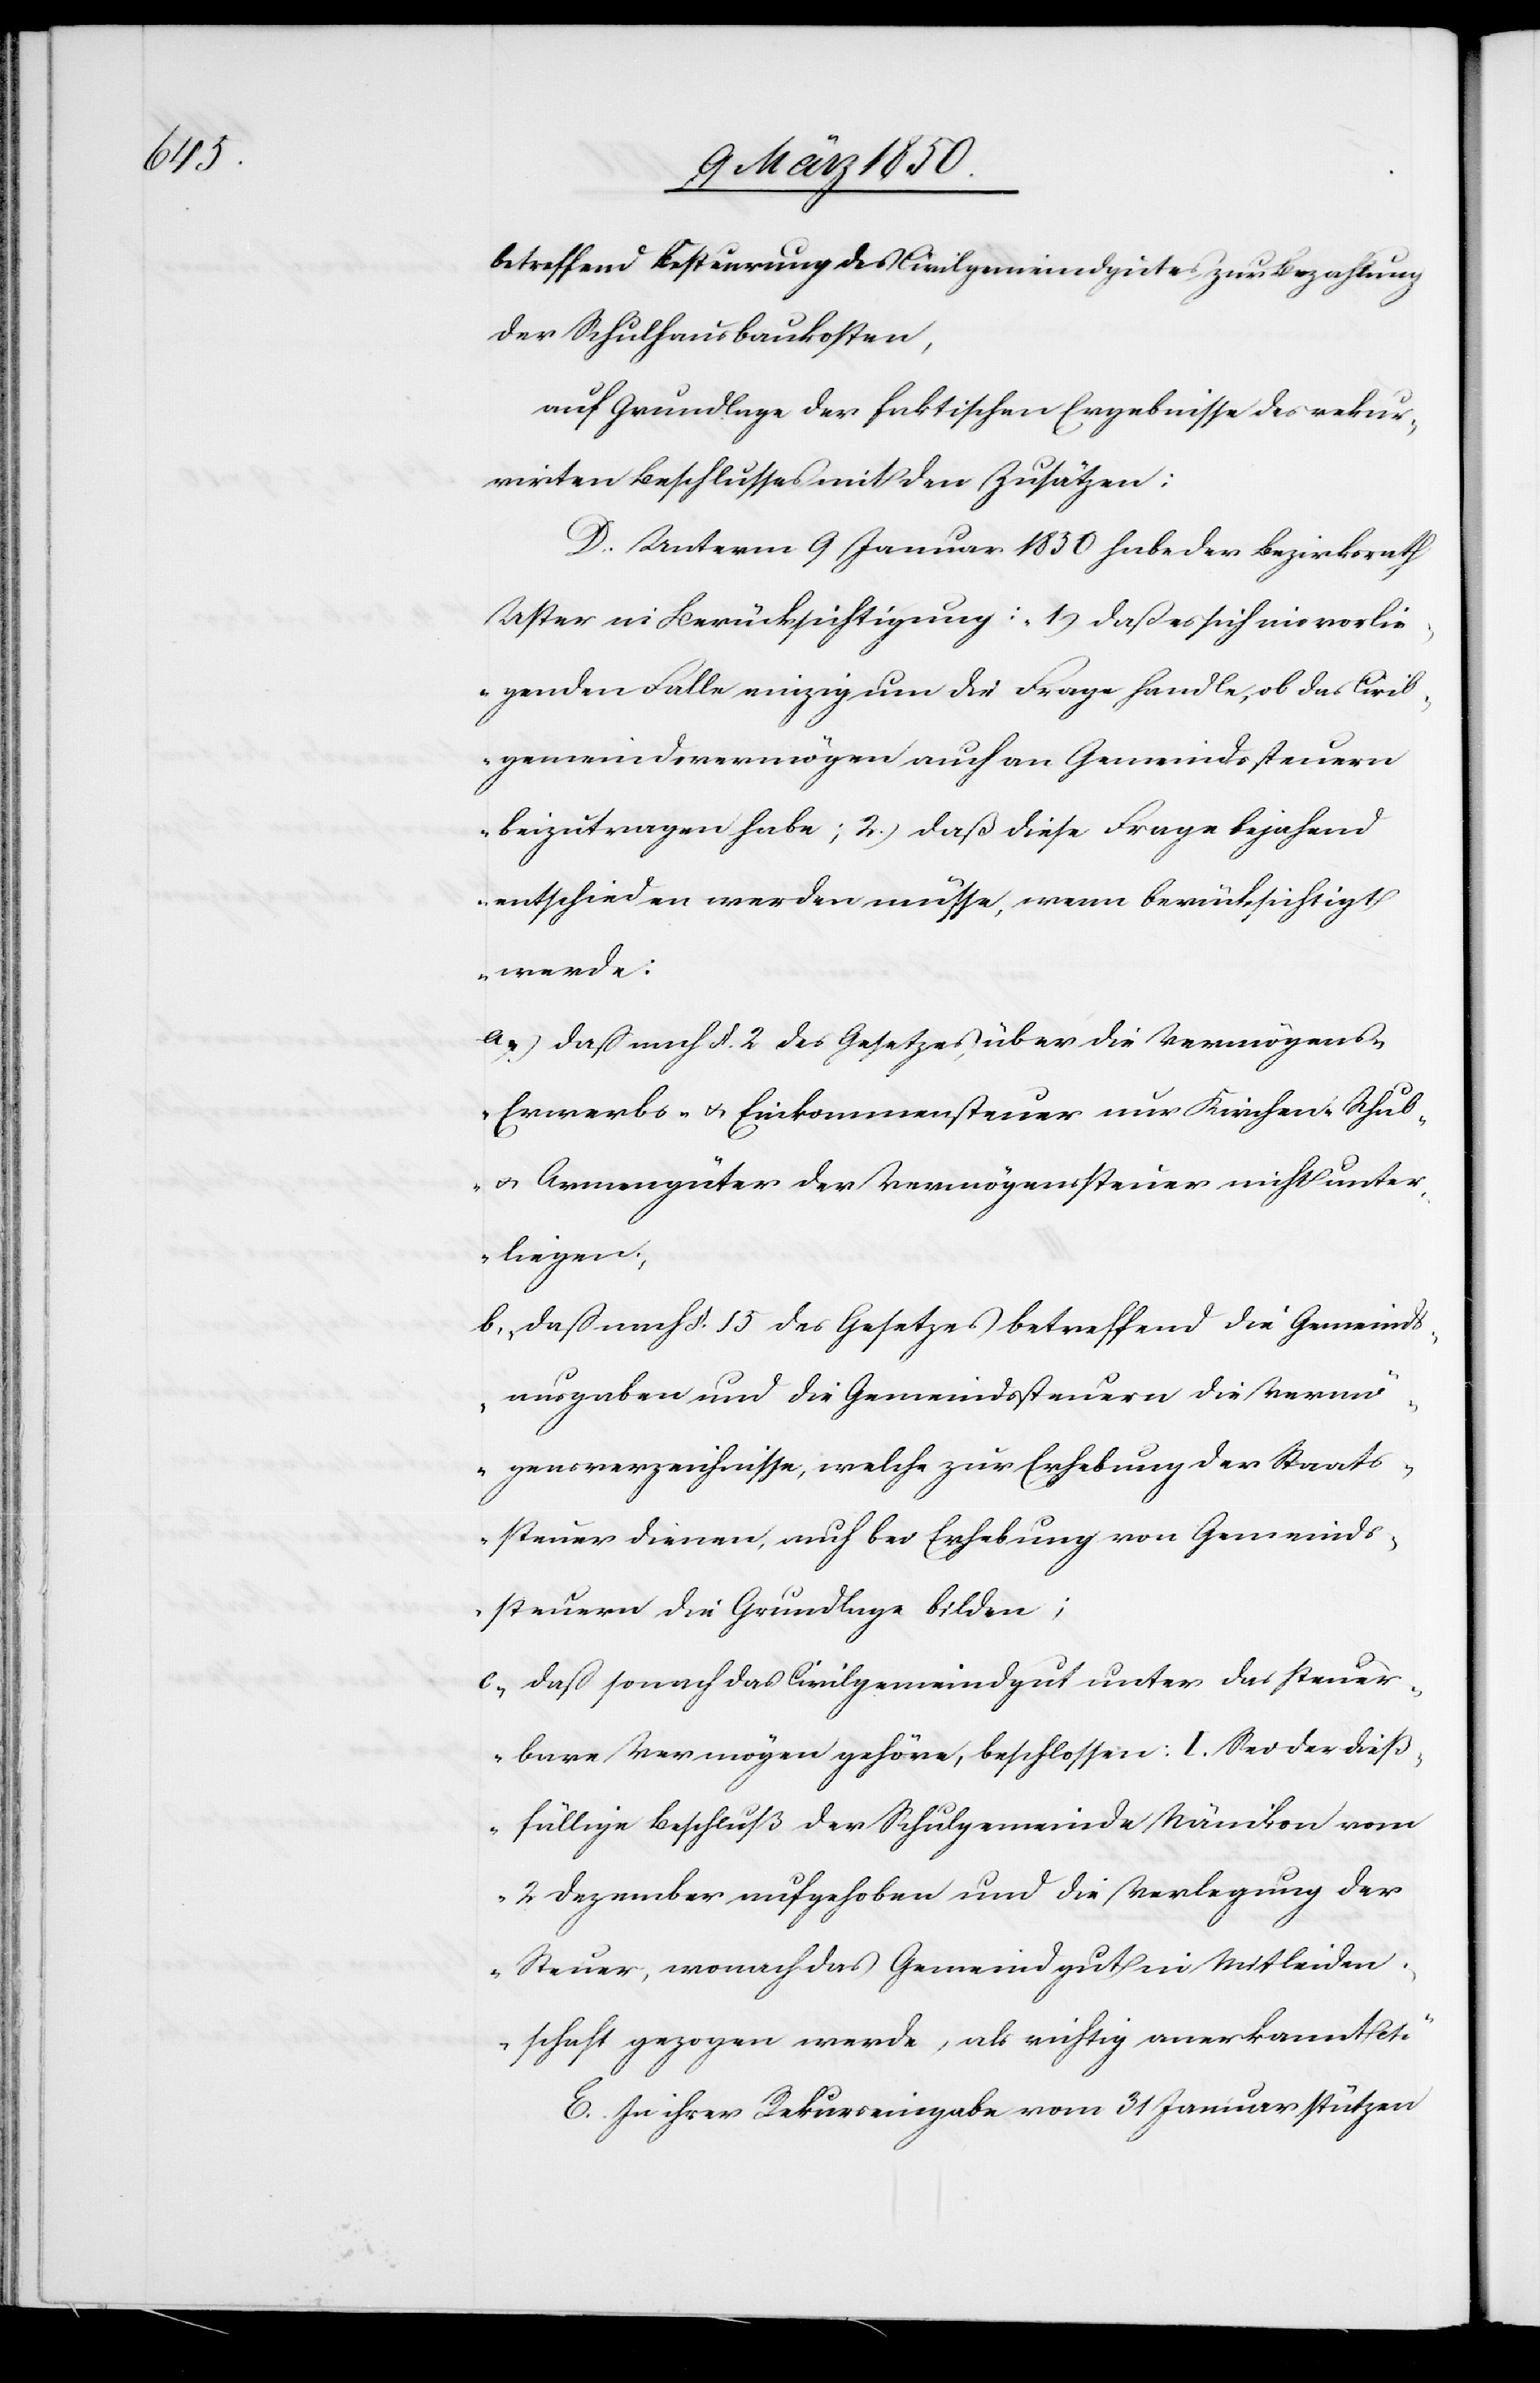
betreffend Besteurung des Civilgemeindgutes zur Bezahlung
der Schulhausbaukosten,
auf Grundlage der faktischen Ergebnisse des rekur¬
rirten Beschlusses mit den Zusätzen:
D. Unterm 9 Januar 1850 habe der Bezirksrath
Uster in Berücksichtigung: „1) daß es sich im vorlie¬
genden Falle einzig um die Frage handle, ob das Civil¬
gemeindsvermögen auch an Gemeindssteuern
beizutragen habe; 2.) daß diese Frage bejahend
entschieden werden müsse, wenn berücksichtigt
werde:
a) daß nach §. 2 des Gesetzes über die Vermögens-
Erwerbs- u. Einkommensteuer nur Kirchen- Schul-
u. Armengüter der Vermögenssteuer nicht unter¬
liegen;
b. daß nach §. 15 des Gesetzes betreffend die Gemeinds¬
ausgaben und die Gemeindssteuern die Verm¬
ögensverzeichnisse, welche zur Erhebung der Staats¬
steuer dienen, auch bei Erhebung von Gemeinds¬
steuern die Grundlage bilden;
c. daß sonach das Civilgemeindgut unter das steuer¬
bare Vermögen gehöre, beschlossen: I. Sei der dieß¬
fällige Beschluß der Schulgemeinde Nänikon vom
2 Dezember aufgehoben und die Verlegung der
Steuer, wonach das Gemeindgut in Mitleiden¬
schaft gezogen werde, als richtig anerkannt etc“
E. In ihrer Rekurseingabe vom 31 Januar stützen